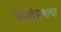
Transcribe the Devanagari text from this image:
वेगळेपणाचा